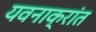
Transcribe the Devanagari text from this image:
यवनाक्रांत